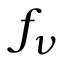
f _ { \nu }